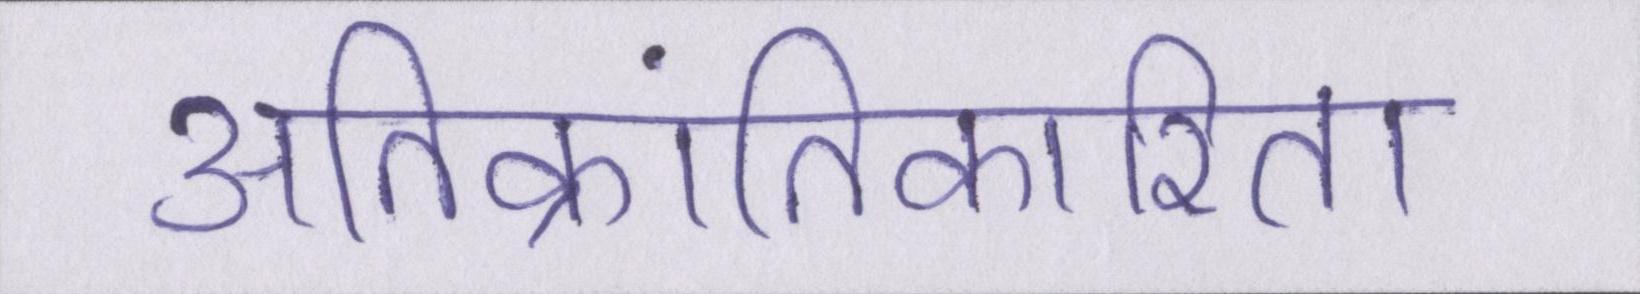
अतिक्रांतिकारिता